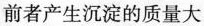
前者产生沉淀的质量大